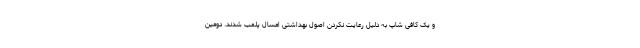
و یک کافی شاپ به دلیل رعایت نکردن اصول بهداشتی امسال پلمب شدند. دومین